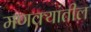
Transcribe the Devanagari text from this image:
मणक्यांतील